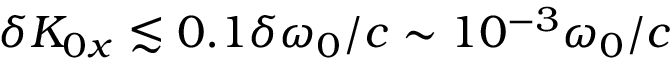
\delta K _ { 0 x } \lesssim 0 . 1 \delta \omega _ { 0 } / c \sim 1 0 ^ { - 3 } \omega _ { 0 } / c